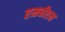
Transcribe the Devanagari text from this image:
एमबीएम